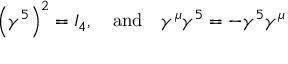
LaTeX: \left( \gamma ^ { 5 } \right) ^ { 2 } = I _ { 4 } , \quad \mathrm { a n d } \quad \gamma ^ { \mu } \gamma ^ { 5 } = - \gamma ^ { 5 } \gamma ^ { \mu }